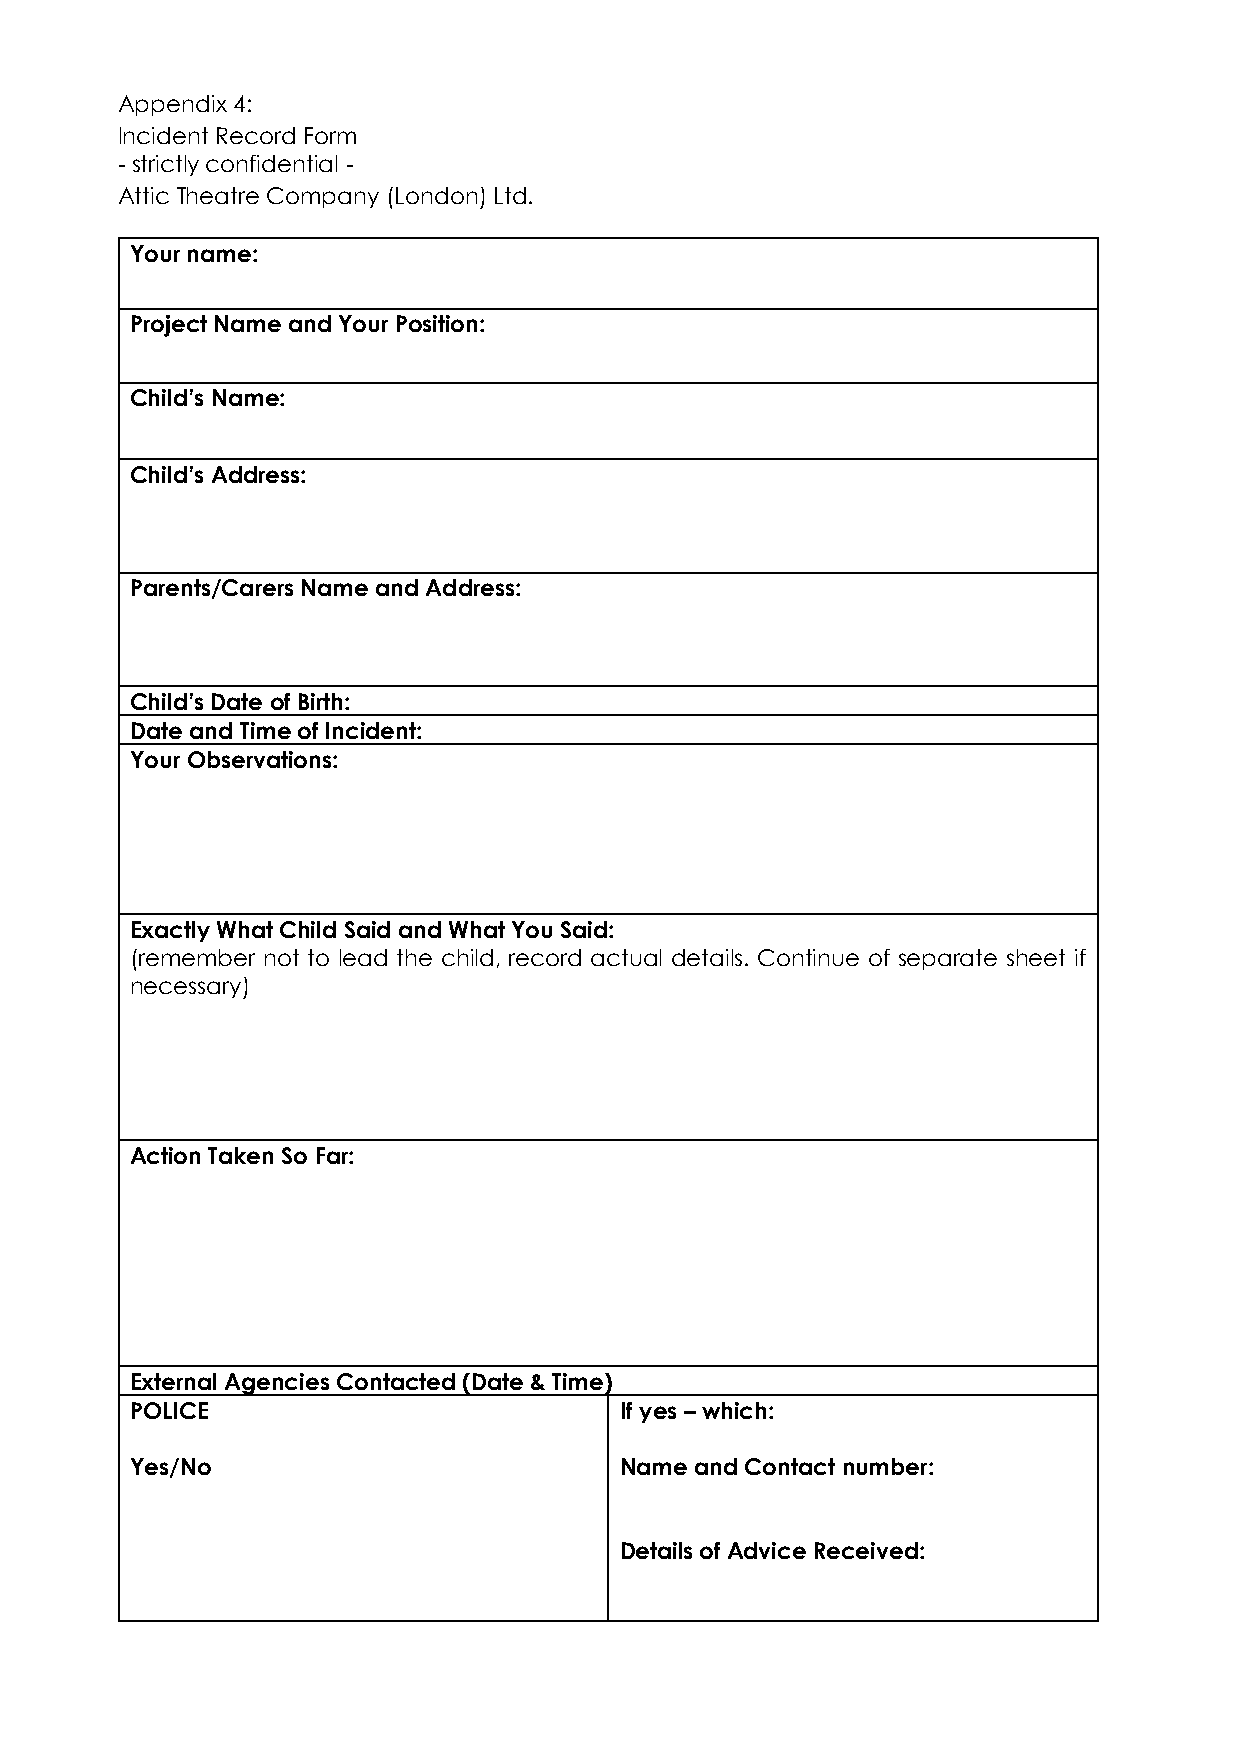
Appendix 4:
 Incident Record Form
 - strictly confidential -
 Attic Theatre Company (London) Ltd.
 Your name:
 Project Name and Your Position:
 Child’s Name:
 Child’s Address:
 Parents/Carers Name and Address:
 Child’s Date of Birth:
 Date and Time of Incident:
 Your Observations:
 Exactly What Child Said and What You Said:
 (remember not to lead the child, record actual details. Continue of separate sheet if
 necessary)
 Action Taken So Far:
 External Agencies Contacted (Date & Time)
 POLICE                          If yes – which:
 Yes/No                          Name and Contact number:
 Details of Advice Received: